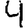
Digit: 4